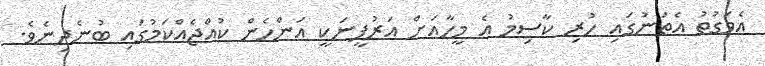
އެވަގުތު އެތަނުގައި ހުރި ކާސިމު އެ މީހާއަށް އަރުފީނަކީ އަންހެން ކުއްޖެއްކަމުގައި ބުނެދިނެވެ.